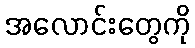
အလောင်းတွေကို